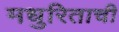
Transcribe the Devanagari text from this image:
मधुरिताची